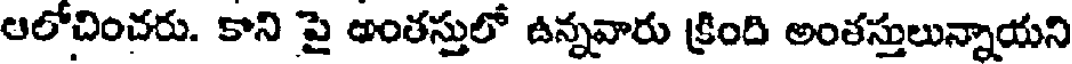
ఆలోచించరు. కాని పై అంతస్తులో ఉన్నవారు క్రింది అంతస్తులున్నాయని